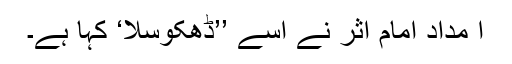
ا مداد امام اثر نے اسے ’’ڈھکوسلا‘ کہا ہے۔